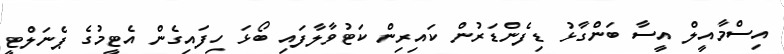
އިސްމާއީލް އީސާ ބަންގާޅު ޑިފެންޑަރުން ކައިރިން ކަޓުވާލާފައި ބޯޅަ ހިފައިގެން އެޓީމުގެ ޕެނަލްޓީ